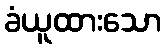
ခံယူထားသော